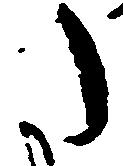
た